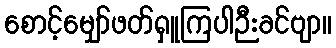
စောင့်မျှော်ဖတ်ရှူကြပါဉီးခင်ဗျာ။